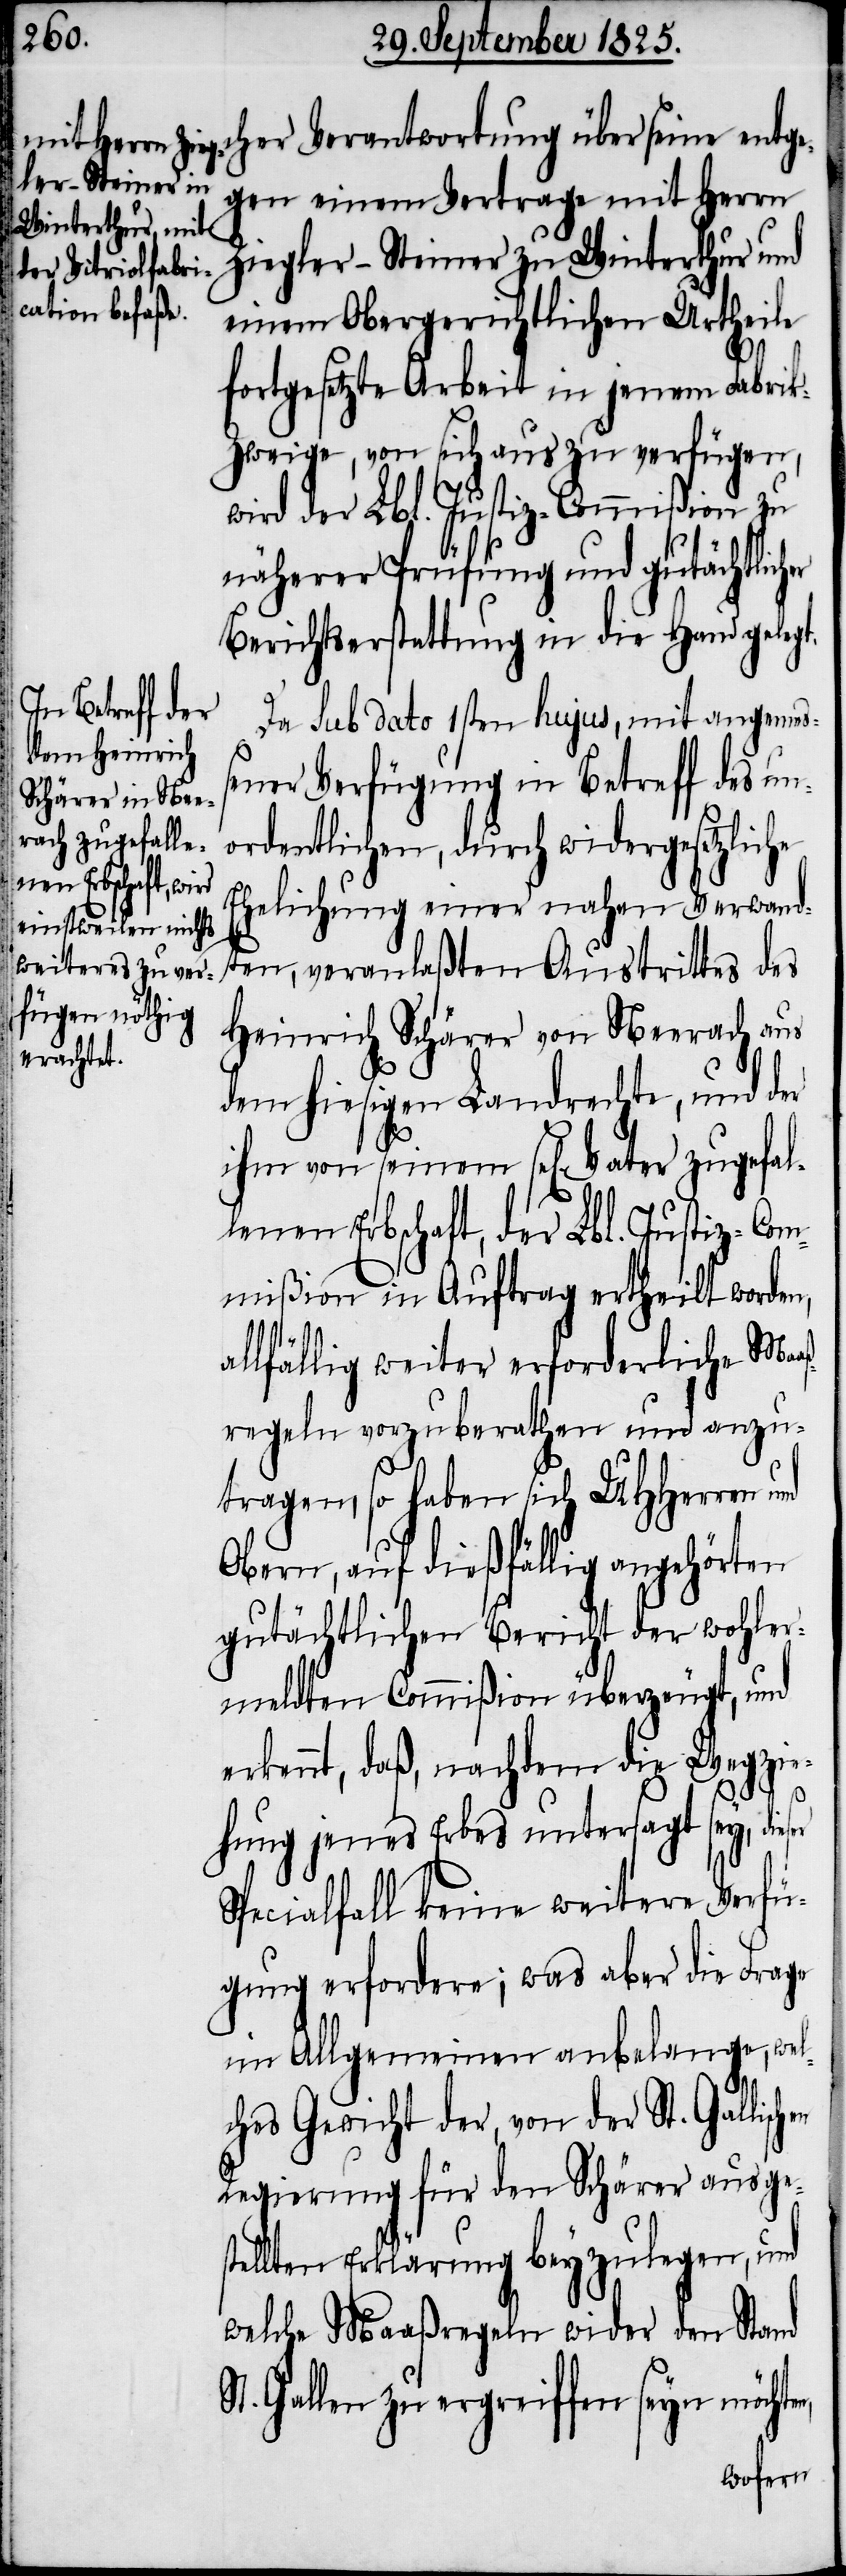
cher Verantwortung über seine entge¬
gen einem Vertrage mit Herrn
Ziegler-Steiner zu Winterthur und
einem Obergerichtlichen Urtheile
n,
fortgesetzte Arbeit in jenem Fabri¬
k-Zweige, von sich aus zu verfügen,
wird der Lbl. Justiz-Commißion zu
näherer Prüfung und gutächtlicher
Berichtserstattung in die Hand gelegt.
Da Sub dato 1sten hujus, mit angemes¬
sener Verfügung in Betreff des un¬
ordentlichen, durch wiedergesetzliche
Ehelichung einer nahen Verwand¬
ten, veranlaßten Austrittes des
Heinrich Schärer von Nerrach aus
dem hiesigen Landrechte, und der
ihm von seinem sel[igen] Vater zugefal¬
lenen Erbschaft, der Lbl. Justiz-Com¬
mißion in Auftrag ertheilt worden,
allfällig weiter erforderliche Maaß¬
regeln vorzuberathen und anzu¬
tragen, so haben sich UHHerren
Obern, auf dießfällig angehörten
gutächtlichen Bericht der wohler¬
meldten Commißion überzeugt, und
erkennt, daß, nachdem die Wegzie¬
hen
hung jenes Erbes untersagt sey, die¬
Specialfall keine weitere Verfü¬
gung erfordere, was aber die Frage
in Allgemeinen anbelange, wel¬
ches Gewicht der, von der St. Gallisc¬
Regierung für den Schärer ausges¬
tellten Erklärung beyzulegen, und
welche Maaßregeln wider den Stand
Gallen zu ergreiffen seyn möchte¬